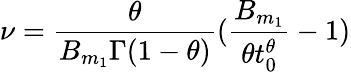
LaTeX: \nu=\frac{\theta}{B_{m_{1}}\Gamma(1-\theta)}(\frac{B_{m_{1}}}{\theta t_{0}^{\theta}}-1)